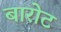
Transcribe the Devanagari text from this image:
बारोट